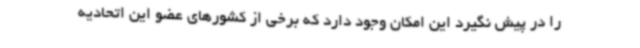
را در پیش نگیرد این امکان وجود دارد که برخی از کشورهای عضو این اتحادیه